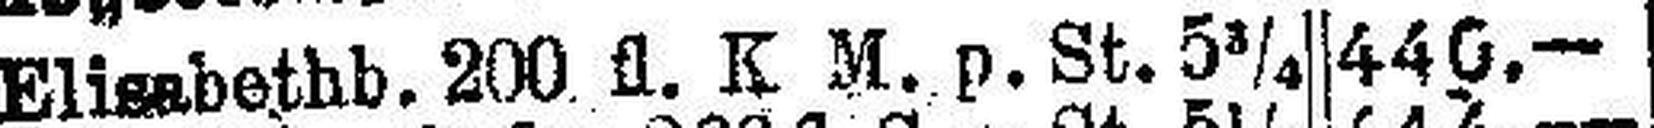
Elisabethb. 200. fl. K M. p. St. 5¼